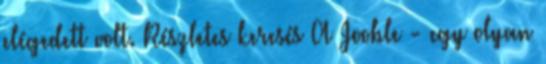
elégedett volt. Részletes keresés A Jooble - egy olyan